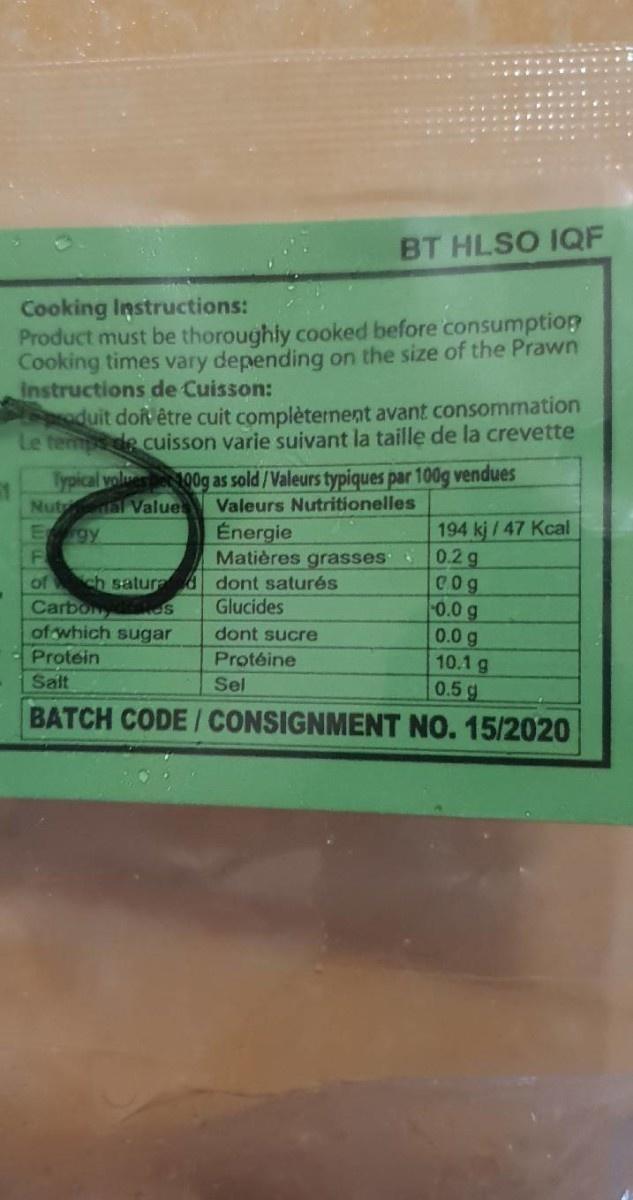
BT HLSO IQF
Cooking Instructions: Product must be thoroughly cooked before consumption Cooking times vary depending on the size of the Prawn Instructions de Cuisson: duit doit être cuit complèternent avant consommation Le tempde cuisson varie suivant la taille de la crevette
Typical yolues 00g as sold/Valeurs typiques par 100g vendues Nut al Values Egy
Valeurs Nutritionelles
194 kj / 47 Kcal 0.2g C0g 0.0 g 0.0 g 10.1 g 0.5 g
Énergie Matières grasses
of ch satured dont saturés Carbony es of which sugar
Glucides
dont sucre
Protein
Protéine Sel
Salt
BATCH CODE/ CONSIGNMENT NO. 15/2020